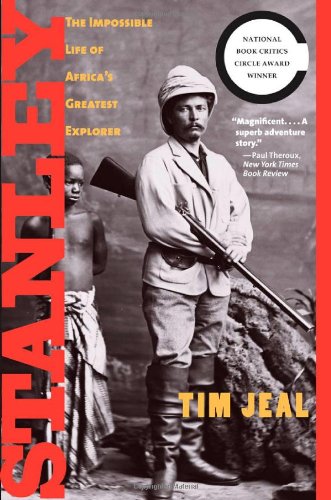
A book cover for Stanley: The Impossible Life of Africa's Greatest Explorer; Tim Jeal; Biographies & Memoirs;